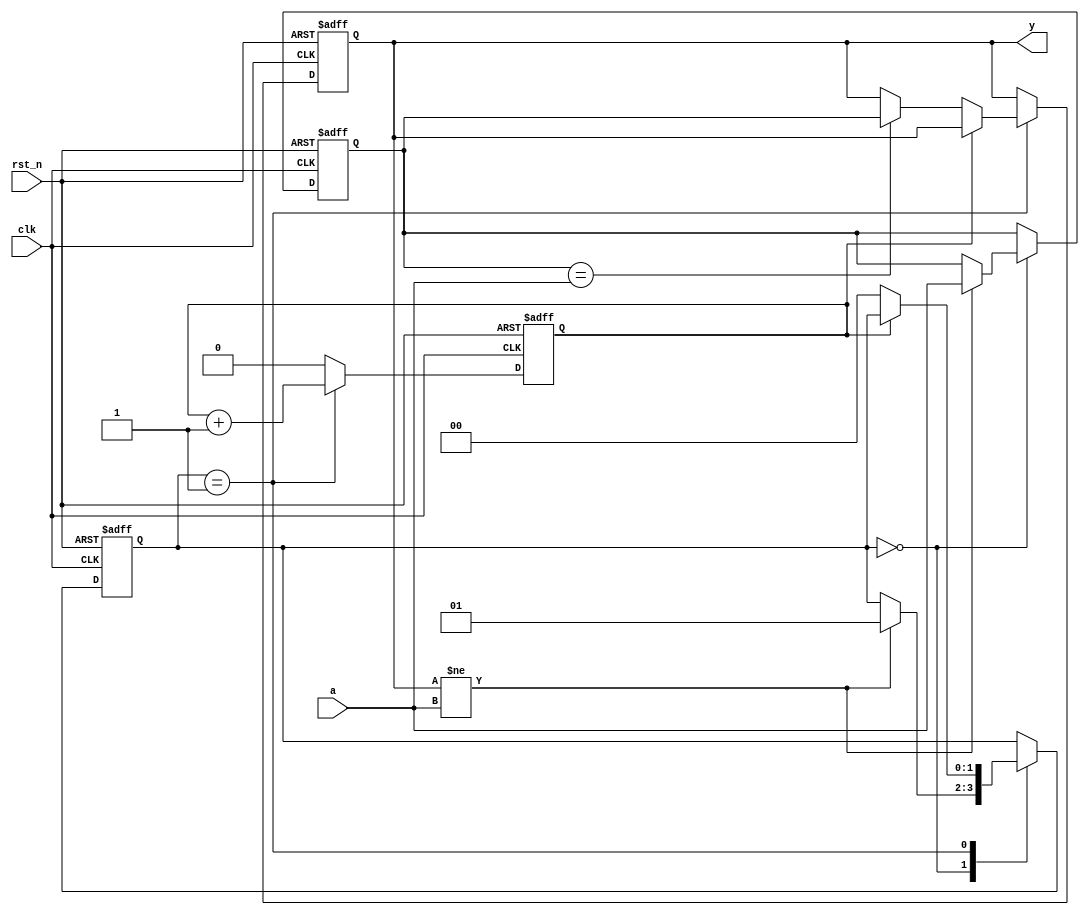
//////////////////////////////////////////////////////////////////////////////////////
// Tyler Anderson Sat Feb 15 15:02:40 EST 2014
// debounce.v
// Change output y when agreement is registered between the previous two consecutive 
// comparisons of input a.
// Delay consecutive samples by P_DELAY clock cycles.
// Output defaults to P_DEF_VAL on a reset.
//////////////////////////////////////////////////////////////////////////////////////

module debounce
  (
   ////////// inputs //////////
   input  clk, // clock
   input  rst_n, // active low reset
   input  a, // input to be debounced
   
   ////////// outputs //////////
   output y // debounced output
   );

   // parameter setup
   parameter P_DEFVAL = 1'b1; // the default value
   parameter P_DELAY = 0;    // the number of clock cycles between consecutive samples

   // ceiling(log2()), used to figure out counter size.   
   function integer clogb2;
      input integer value;
      for(clogb2=0;value>0;clogb2=clogb2+1)
	value = value >> 1;
   endfunction // for
   
   localparam NBITS = P_DELAY ? clogb2(P_DELAY) : 1; 

   // internal signals
   reg 		    a_old=0;
   reg 		    y_reg=0;
   
   // fsm
   reg [1:0] 	    fsm=0;
   localparam IDLE=3'd0, LATCH=3'd1;
      
   // timer
   wire 	    timer_on;
   wire 	    timer_done;
   reg [NBITS-1:0]  timer_cnt=0;
   assign timer_done = (timer_cnt == P_DELAY);
   assign timer_on = (fsm == LATCH);
   always @(posedge clk or negedge rst_n)
     if(!rst_n) timer_cnt <= {NBITS{1'b0}};
     else if(!timer_on) timer_cnt <= {NBITS{1'b0}};
     else timer_cnt <= timer_cnt + 1'b1;
      
   always@(posedge clk or negedge rst_n)
     begin
	if(!rst_n)
	  begin
	     fsm <= IDLE;
	     a_old <= P_DEFVAL;
	     y_reg <= P_DEFVAL;
	  end
	else
	  case(fsm)
	    IDLE:
	      if( y_reg != a )
		begin
		   a_old <= a;
		   fsm <= LATCH;
		end
	    
	    LATCH:
	      begin
		 if( timer_done )
		   begin
		      fsm <= IDLE;
		      if( a_old == a )
			y_reg <= a_old;
		   end
	      end
	  endcase
     end 
   assign y = y_reg;
   
endmodule // debounce